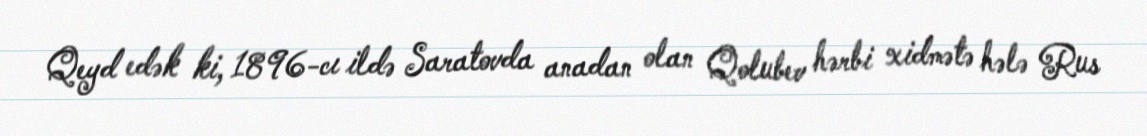
Qeyd edək ki, 1896-cı ildə Saratovda anadan olan Qolubev hərbi xidmətə hələ Rus